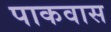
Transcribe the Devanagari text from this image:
पाकवास